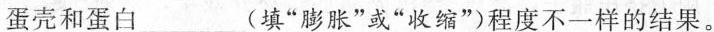
蛋壳和蛋白___(填”膨胀”或”收缩”)程度不一样的结果。